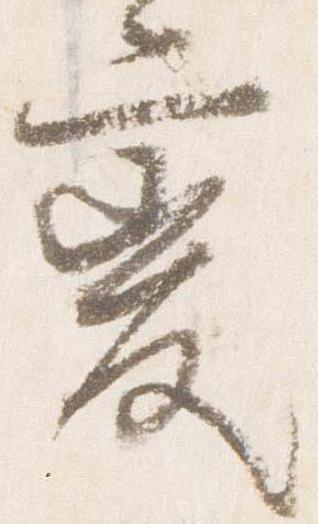
変